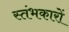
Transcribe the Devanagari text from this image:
स्‍तंभकारों